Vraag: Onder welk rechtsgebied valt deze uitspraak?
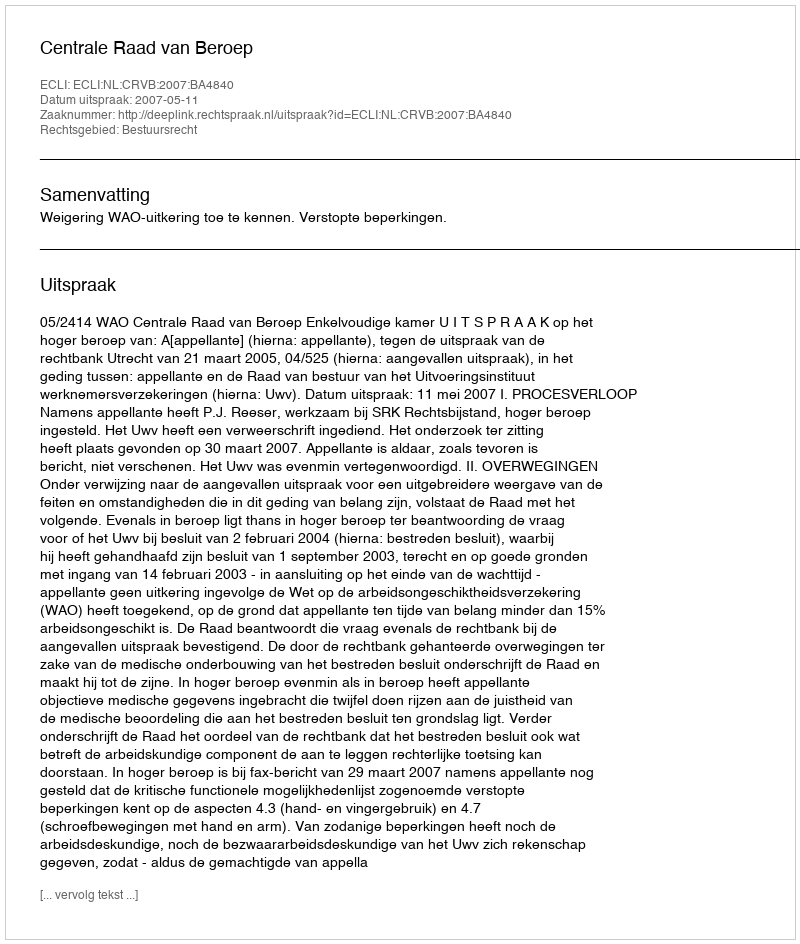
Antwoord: Bestuursrecht